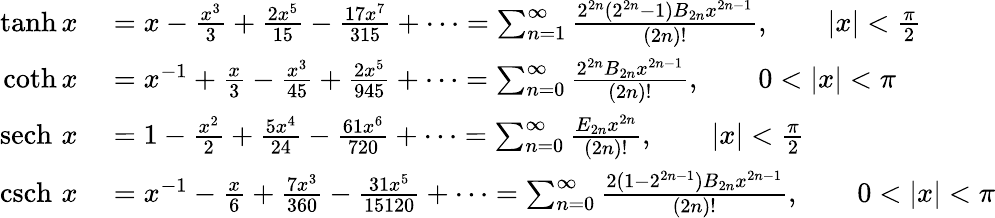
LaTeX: \begin{array}{rl}{\operatorname{tanh}x}&{{}=x-{\frac{x^{3}}{3}}+{\frac{2x^{5}}{15}}-{\frac{17x^{7}}{315}}+\cdots=\sum_{n=1}^{\infty}{\frac{2^{2n}(2^{2n}-1)B_{2n}x^{2n-1}}{(2n)!}},\qquad\left|x\right|<{\frac{\pi}{2}}}\\ {\coth x}&{{}=x^{-1}+{\frac{x}{3}}-{\frac{x^{3}}{45}}+{\frac{2x^{5}}{945}}+\cdots=\sum_{n=0}^{\infty}{\frac{2^{2n}B_{2n}x^{2n-1}}{(2n)!}},\qquad 0<\left|x\right|<\pi}\\ {\operatorname{sech}\, x}&{{}=1-{\frac{x^{2}}{2}}+{\frac{5x^{4}}{24}}-{\frac{61x^{6}}{720}}+\cdots=\sum_{n=0}^{\infty}{\frac{E_{2n}x^{2n}}{(2n)!}},\qquad\left|x\right|<{\frac{\pi}{2}}}\\ {\operatorname{csch}\, x}&{{}=x^{-1}-{\frac{x}{6}}+{\frac{7x^{3}}{360}}-{\frac{31x^{5}}{15120}}+\cdots=\sum_{n=0}^{\infty}{\frac{2(1-2^{2n-1})B_{2n}x^{2n-1}}{(2n)!}},\qquad 0<\left|x\right|<\pi}\end{array}